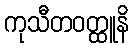
ကုသီတဝတ္ထူနိ